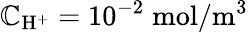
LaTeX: \mathbb{C}_{\mathrm{{H}}^{+}}=10^{-2}\; \mathrm{{mol}}/\mathrm{{m}}^{3}